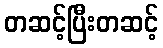
တဆင့်ပြီးတဆင့်